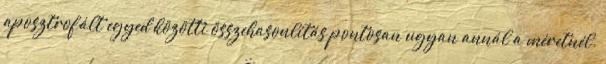
aposztrofált egyed közötti összehasonlítás pontosan ugyan annál a méretnél.